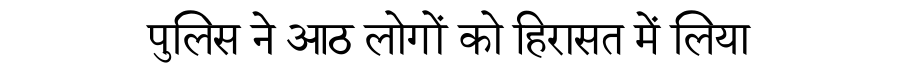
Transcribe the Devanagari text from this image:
पुलिस ने आठ लोगों को हिरासत में लिया